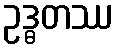
ဥဒ္ဓတဿ